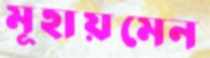
মূহায়মেন